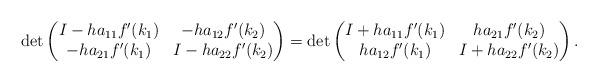
LaTeX: \begin{align*}\det\begin{pmatrix} I - ha_{11}f^\prime(k_1) & -ha_{12}f^\prime(k_2) \\ -ha_{21}f^\prime(k_1) & I-ha_{22}f^\prime(k_2) \end{pmatrix} = \det\begin{pmatrix} I + ha_{11}f^\prime(k_1) & ha_{21}f^\prime(k_2) \\ ha_{12}f^\prime(k_1) & I+ha_{22}f^\prime(k_2) \end{pmatrix}.\end{align*}